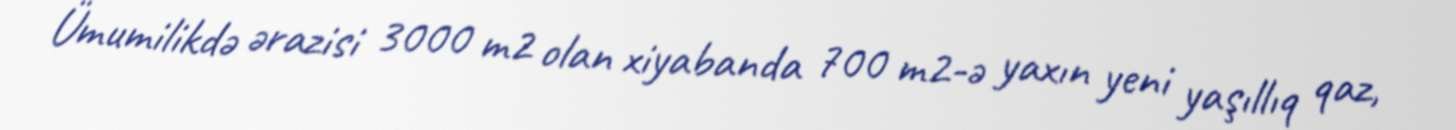
Ümumilikdə ərazisi 3000 m2 olan xiyabanda 700 m2-ə yaxın yeni yaşıllıq qaz,